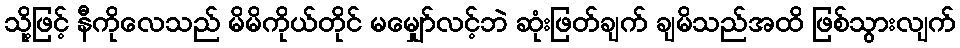
သို့ဖြင့် နီကိုလေသည် မိမိကိုယ်တိုင် မမျှော်လင့်ဘဲ ဆုံးဖြတ်ချက် ချမိသည်အထိ ဖြစ်သွားလျက်